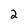
Character: 2